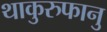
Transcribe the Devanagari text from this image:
थाकुरुफानु